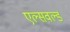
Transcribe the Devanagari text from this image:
एल्सवर्ल्ड